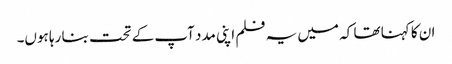
ان کا کہنا تھا کہ میں یہ فلم اپنی مدد آپ کے تحت بنا رہا ہوں۔